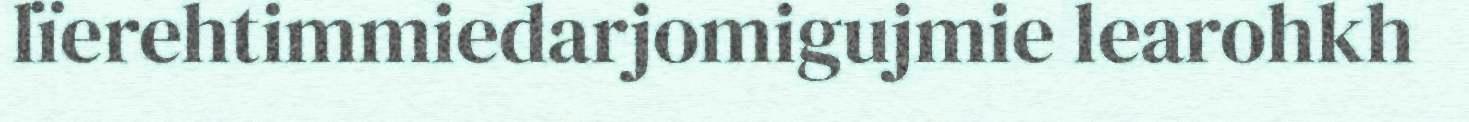
lïerehtimmiedarjomigujmie learohkh